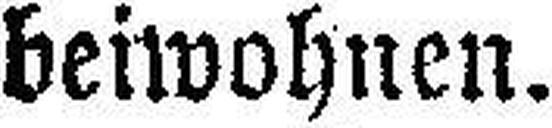
beiwohnen.